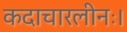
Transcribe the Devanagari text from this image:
कदाचारलीनः।